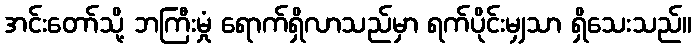
အင်းတော်သို့ ဘကြီးမှုံ ရောက်ရှိလာသည်မှာ ရက်ပိုင်းမျှသာ ရှိသေးသည်။